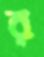
র